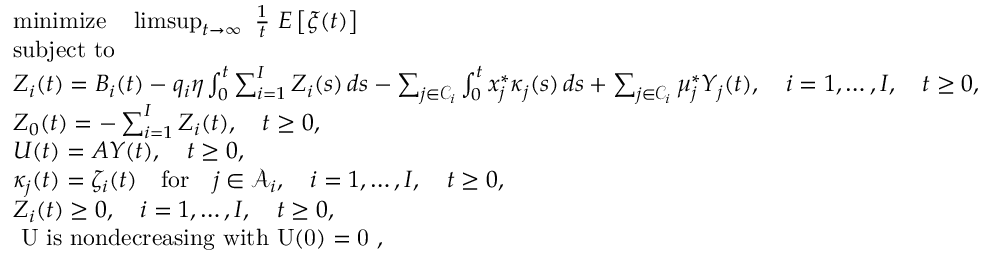
\begin{array} { r l } & { \mathrm { m i n i m i z e } \quad \operatorname* { l i m s u p } _ { t \rightarrow \infty } \, \, \frac { 1 } { t } \, \, E \left[ \xi ( t ) \right] } \\ & { \mathrm { s u b j e c t ~ t o } } \\ & { Z _ { i } ( t ) = B _ { i } ( t ) - q _ { i } \eta \int _ { 0 } ^ { t } \sum _ { i = 1 } ^ { I } Z _ { i } ( s ) \, d s - \sum _ { j \in \mathcal { C } _ { i } } \int _ { 0 } ^ { t } x _ { j } ^ { * } \kappa _ { j } ( s ) \, d s + \sum _ { j \in \mathcal { C } _ { i } } \mu _ { j } ^ { * } Y _ { j } ( t ) , \quad i = 1 , \dots , I , \quad t \ge 0 , } \\ & { Z _ { 0 } ( t ) = - \sum _ { i = 1 } ^ { I } Z _ { i } ( t ) , \quad t \ge 0 , } \\ & { U ( t ) = A Y ( t ) , \quad t \ge 0 , } \\ & { \kappa _ { j } ( t ) = \zeta _ { i } ( t ) \quad \mathrm { f o r } \quad j \in \mathcal { A } _ { i } , \quad i = 1 , \dots , I , \quad t \ge 0 , } \\ & { Z _ { i } ( t ) \ge 0 , \quad i = 1 , \dots , I , \quad t \ge 0 , } \\ & { \mathrm { ~ U ~ i s ~ n o n d e c r e a s i n g ~ w i t h ~ U ( 0 ) = 0 ~ , } } \end{array}